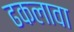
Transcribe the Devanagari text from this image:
ढकलावा